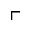
\ulcorner